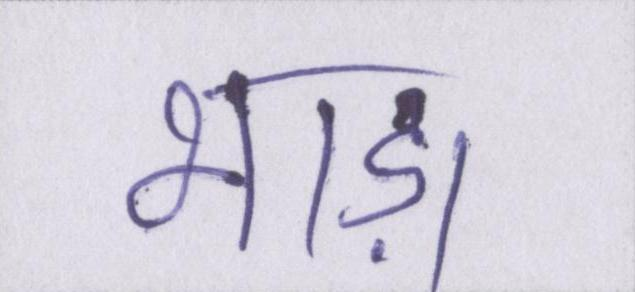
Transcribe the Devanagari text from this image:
भाड़ा